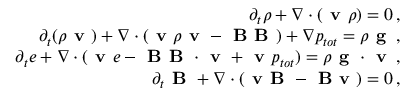
\begin{array} { r } { \partial _ { t } \rho + \nabla \cdot ( \textbf { v } \rho ) = 0 \, , } \\ { \partial _ { t } ( \rho \textbf { v } ) + \nabla \cdot ( \textbf { v } \rho \textbf { v } - \textbf { B B } ) + \nabla p _ { t o t } = \rho \textbf { g } \, , } \\ { \partial _ { t } e + \nabla \cdot ( \textbf { v } e - \textbf { B B } \cdot \textbf { v } + \textbf { v } p _ { t o t } ) = \rho \textbf { g } \cdot \textbf { v } \, , } \\ { \partial _ { t } \textbf { B } + \nabla \cdot ( \textbf { v B } - \textbf { B v } ) = 0 \, , } \end{array}